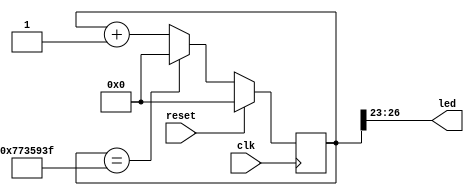
`timescale 1ns / 1ps

module pl_led(
    input clk,
    input reset,
    output [3:0] led
    );
    parameter p_count_1s = 27'd124999999;
    
    reg [26:0] count;
    always@(posedge clk)
    if(reset==1'b1)
      count <= 27'h0000000;
    else
     if (count == p_count_1s)
       count <= 27'd0;
     else
       count <= count + 27'd1;
    
    assign led = count[26:23];
    
endmodule